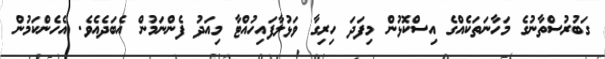
ގަބުރުސްތާނުގެ މަހާނަތަކެއްގެ އިސްކޮޅުން މިފަދަ ހިރިގާ ވަޅުލާފައިހުއްޓާ މިއަދު ފެންނަމުން އެބަދެއެވެ. އެހެންކަމުން